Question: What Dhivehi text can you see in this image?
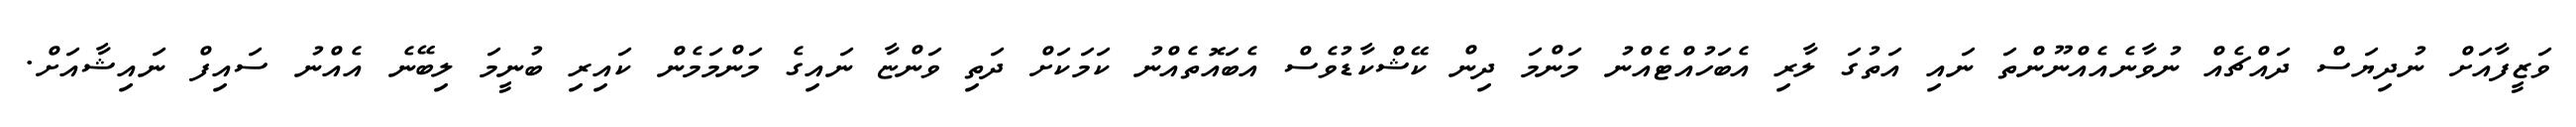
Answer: ވަޒީފާއަށް ނުދިޔަސް ދައްޗެއް ނުވާނެއެއްނޫންތަ ނައި އަތުގަ ލާރި އެބަހުއްޓެއްނު މަންމަ ދިން ކޭޝްކާޑުވެސް އެބައޮތެއްނު ކަމަކަށް ދަތި ވަންޏާ ނައިގެ މަންމަމެން ކައިރި ބުނީމަ ލިބޭނެ އެއްނު ސައިފް ނައިޝާއަށް.